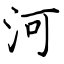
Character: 河